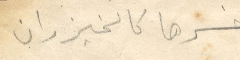
خسرها كالخيزران